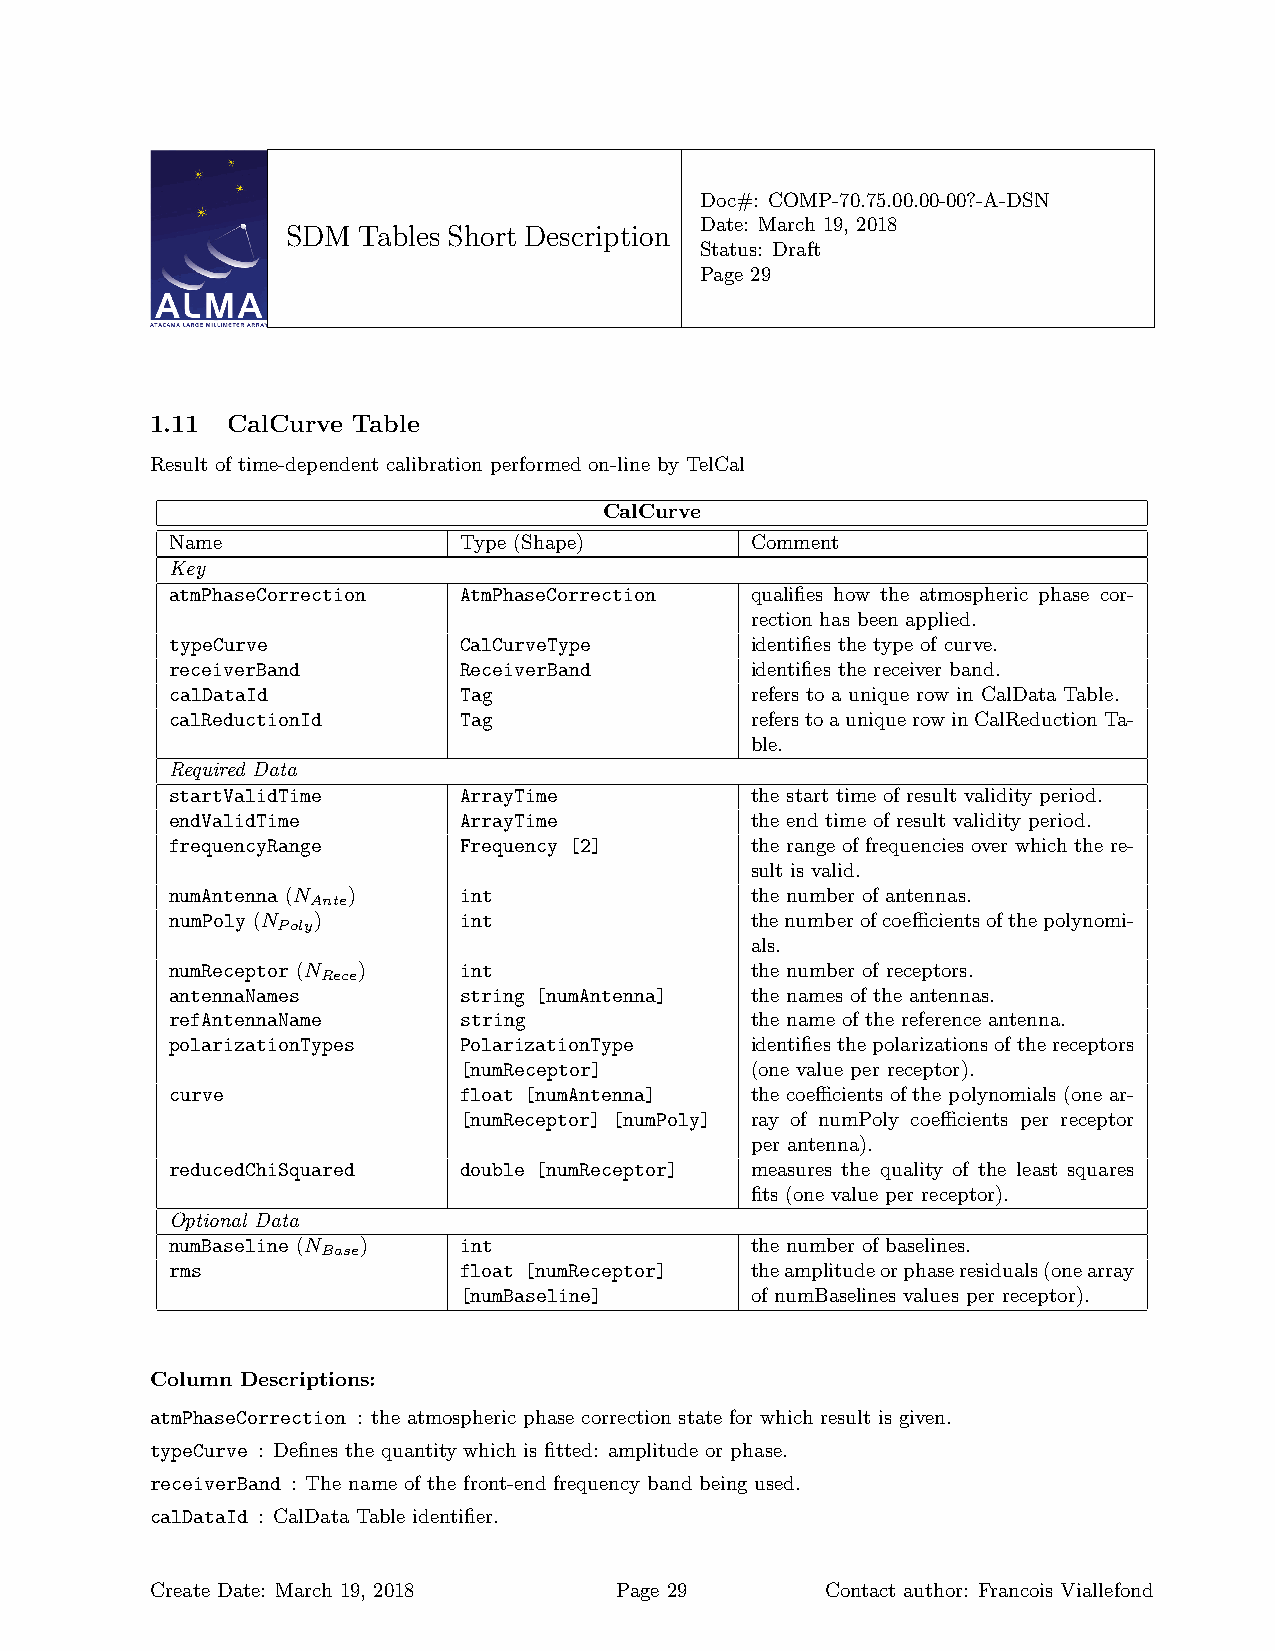
Doc#: COMP-70.75.00.00-00?-A-DSN
 Date: March 19, 2018
 SDM  Tables Short Description
 Status: Draft
 Page 29
 1.11 CalCurve Table
 Result of time-dependent calibration performed on-line by TelCal
 CalCurve
 Name               Type (Shape)        Comment
 Key
 atmPhaseCorrection AtmPhaseCorrection  qualifies how the atmospheric phase cor-
 rection has been applied.
 typeCurve          CalCurveType        identifies the type of curve.
 receiverBand       ReceiverBand        identifies the receiver band.
 calDataId          Tag                 refers to a unique row in CalData Table.
 calReductionId     Tag                 referstoauniquerowinCalReductionTa-
 ble.
 Required Data
 startValidTime     ArrayTime           the start time of result validity period.
 endValidTime       ArrayTime           the end time of result validity period.
 frequencyRange     Frequency [2]       the range of frequencies over which the re-
 sult is valid.
 numAntenna (N )    int                 the number of antennas.
 Ante
 numPoly (N )       int                 thenumberofcoefficientsofthepolynomi-
 Poly
 als.
 numReceptor (N )   int                 the number of receptors.
 Rece
 antennaNames       string [numAntenna] the names of the antennas.
 refAntennaName     string              the name of the reference antenna.
 polarizationTypes  PolarizationType    identifiesthepolarizationsofthereceptors
 [numReceptor]       (one value per receptor).
 curve              float [numAntenna]  the coefficients of the polynomials (one ar-
 [numReceptor] [numPoly] ray of numPoly coefficients per receptor
 per antenna).
 reducedChiSquared  double [numReceptor] measures the quality of the least squares
 fits (one value per receptor).
 Optional Data
 numBaseline (N )   int                 the number of baselines.
 Base
 rms                float [numReceptor] theamplitudeorphaseresiduals(onearray
 [numBaseline]       of numBaselines values per receptor).
 Column Descriptions:
 atmPhaseCorrection : the atmospheric phase correction state for which result is given.
 typeCurve : Defines the quantity which is fitted: amplitude or phase.
 receiverBand : The name of the front-end frequency band being used.
 calDataId : CalData Table identifier.
 Create Date: March 19, 2018    Page 29       Contact author: Francois Viallefond